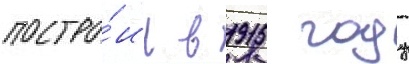
постро́ил в 1915 году